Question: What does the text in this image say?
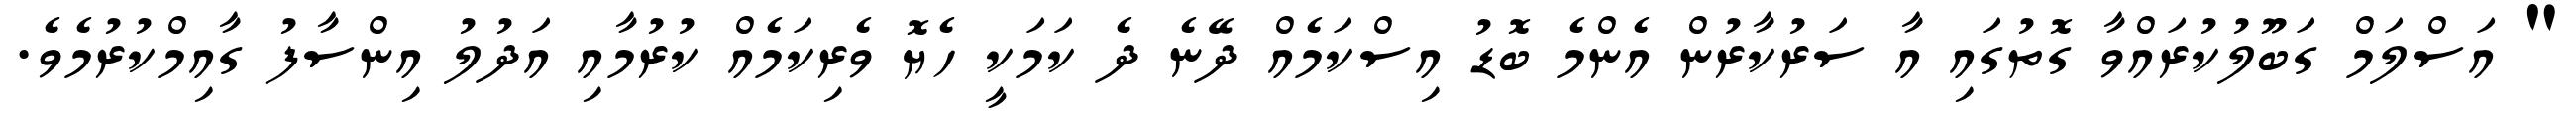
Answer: " އަސްލަމް ގަބޫލުކުރައްވާ ގޮތުގައި އާ ސަރުކާރުން އެންމެ ބޮޑު އިސްކަމެއް ދޭނެ ދެ ކަމަކީ ހެޔޮ ވެރިކަމެއް ކުރުމާއި އަދުލު އިންސާފު ގާއިމްކުރުމެވެ.